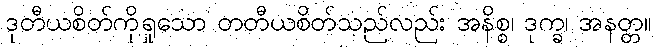
ဒုတီယစိတ်ကိုရှုသော တတီယစိတ်သည်လည်း အနိစ္စ၊ ဒုက္ခ၊ အနတ္တ။